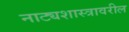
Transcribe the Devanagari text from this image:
नाट्यशास्त्रावरील